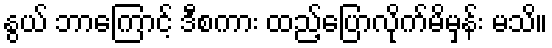
နွယ် ဘာကြောင့် ဒီစကား ထည့်ပြောလိုက်မိမှန်း မသိ။